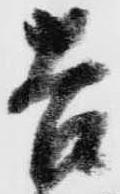
吉